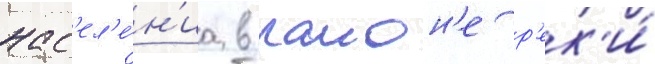
нас'ел'е́н'иа в раион'е р'ек'и́